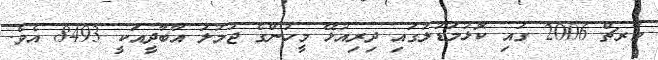
މާރޗް 2006 ގައި ކޮޅުމަޑުލުގައި ދިރިއުޅޭ މީހުންގެ ޖުމުލަ އާބާދީއަކީ 8493 އެވެ.